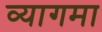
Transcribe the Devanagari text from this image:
व्यागमा